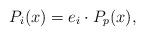
LaTeX: \begin{align*}P_i(x) = e_i \cdot P_p(x) ,\end{align*}